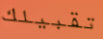
تقبيلك